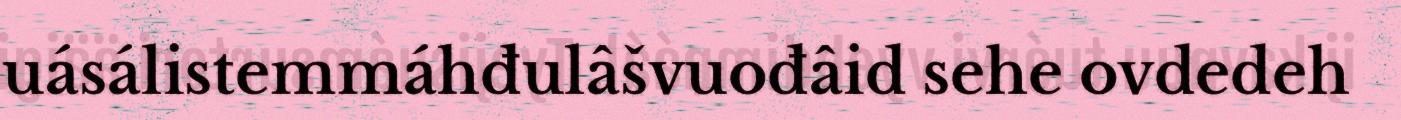
uásálistemmáhđulâšvuođâid sehe ovdedeh